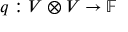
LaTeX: q : V \otimes V \to \mathbb { F }